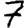
Digit: 7